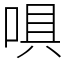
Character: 㖵